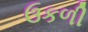
ઉકળી